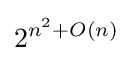
2^{n^{2}+O(n)}